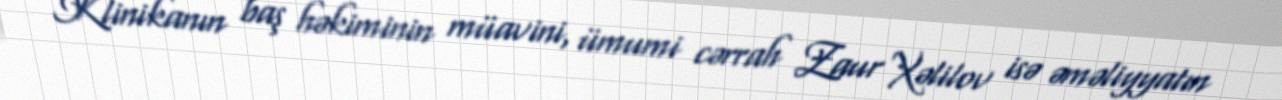
Klinikanın baş həkiminin müavini, ümumi cərrah Zaur Xəlilov isə əməliyyatın